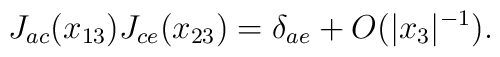
J_{ac}(x_{13}) J_{ce}(x_{23}) = \delta_{ae} + O(|x_3|^{-1}).